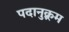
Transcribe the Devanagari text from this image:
पदानुक्र्रम